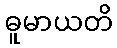
ဓူမာယတိ